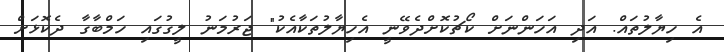
އެ ހިޔާލުތައް. އަދި އަހަންނަށް ކޯޗުކޮށްދެވޭނީ އެހިޔާލުތަކާއެކު" ޖަރުމަނު ލީގުގައި ހަމްބާގާ ދެކޮޅަށް